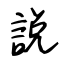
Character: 説